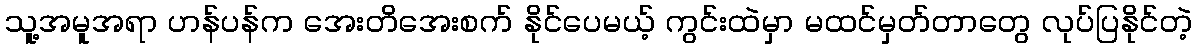
သူ့အမူအရာ ဟန်ပန်က အေးတိအေးစက် နိုင်ပေမယ့် ကွင်းထဲမှာ မထင်မှတ်တာတွေ လုပ်ပြနိုင်တဲ့